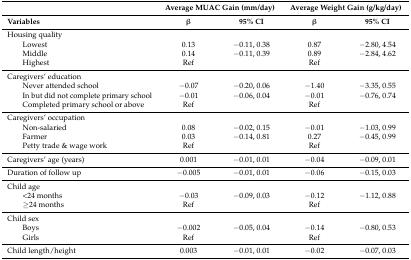
<table><thead><tr><td></td><td colspan="2"><b>Average MUAC Gain (mm/day)</b></td><td colspan="2"><b>Average Weight Gain (g/kg/day)</b></td></tr><tr><td><b>Variables</b></td><td><b>β</b></td><td><b>95% CI</b></td><td><b>β</b></td><td><b>95% CI</b></td></tr></thead><tbody><tr><td>Housing quality</td><td></td><td></td><td></td><td></td></tr><tr><td>Lowest</td><td>0.13</td><td>−0.11, 0.38</td><td>0.87</td><td>−2.80, 4.54</td></tr><tr><td>Middle</td><td>0.14</td><td>−0.11, 0.39</td><td>0.89</td><td>−2.84, 4.62</td></tr><tr><td>Highest</td><td>Ref</td><td></td><td>Ref</td><td></td></tr><tr><td>Caregivers’ education</td><td></td><td></td><td></td><td></td></tr><tr><td>Never attended school</td><td>−0.07</td><td>−0.20, 0.06</td><td>−1.40</td><td>−3.35, 0.55</td></tr><tr><td>In but did not complete primary school</td><td>−0.01</td><td>−0.06, 0.04</td><td>−0.01</td><td>−0.76, 0.74</td></tr><tr><td>Completed primary school or above</td><td>Ref</td><td></td><td>Ref</td><td></td></tr><tr><td>Caregivers’ occupation</td><td></td><td></td><td></td><td></td></tr><tr><td>Non-salaried</td><td>0.08</td><td>−0.02, 0.15</td><td>−0.01</td><td>−1.03, 0.99</td></tr><tr><td>Farmer</td><td>0.03</td><td>−0.14, 0.81</td><td>0.27</td><td>−0.45, 0.99</td></tr><tr><td>Petty trade &amp; wage work</td><td>Ref</td><td></td><td>Ref</td><td></td></tr><tr><td>Caregivers’ age (years)</td><td>0.001</td><td>−0.01, 0.01</td><td>−0.04</td><td>−0.09, 0.01</td></tr><tr><td>Duration of follow up</td><td>−0.005</td><td>−0.01, 0.01</td><td>−0.06</td><td>−0.15, 0.03</td></tr><tr><td>Child age</td><td></td><td></td><td></td><td></td></tr><tr><td>&lt;24 months</td><td>−0.03</td><td>−0.09, 0.03</td><td>−0.12</td><td>−1.12, 0.88</td></tr><tr><td>≥24 months</td><td>Ref</td><td></td><td>Ref</td><td></td></tr><tr><td>Child sex</td><td></td><td></td><td></td><td></td></tr><tr><td>Boys</td><td>−0.002</td><td>−0.05, 0.04</td><td>−0.14</td><td>−0.80, 0.53</td></tr><tr><td>Girls</td><td>Ref</td><td></td><td>Ref</td><td></td></tr><tr><td>Child length/height</td><td>0.003</td><td>−0.01, 0.01</td><td>−0.02</td><td>−0.07, 0.03</td></tr></tbody></table>